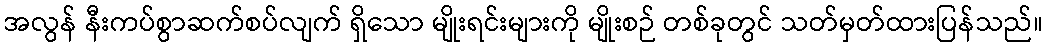
အလွန် နီးကပ်စွာဆက်စပ်လျက် ရှိသော မျိုးရင်းများကို မျိုးစဉ် တစ်ခုတွင် သတ်မှတ်ထားပြန်သည်။